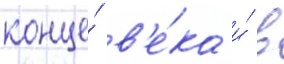
конце́ в'е́ка и́ в